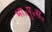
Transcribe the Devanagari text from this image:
भा॰पु॰स॰